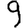
Digit: 9